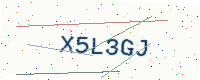
Text: X5L3GJ